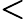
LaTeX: \textbf{<}